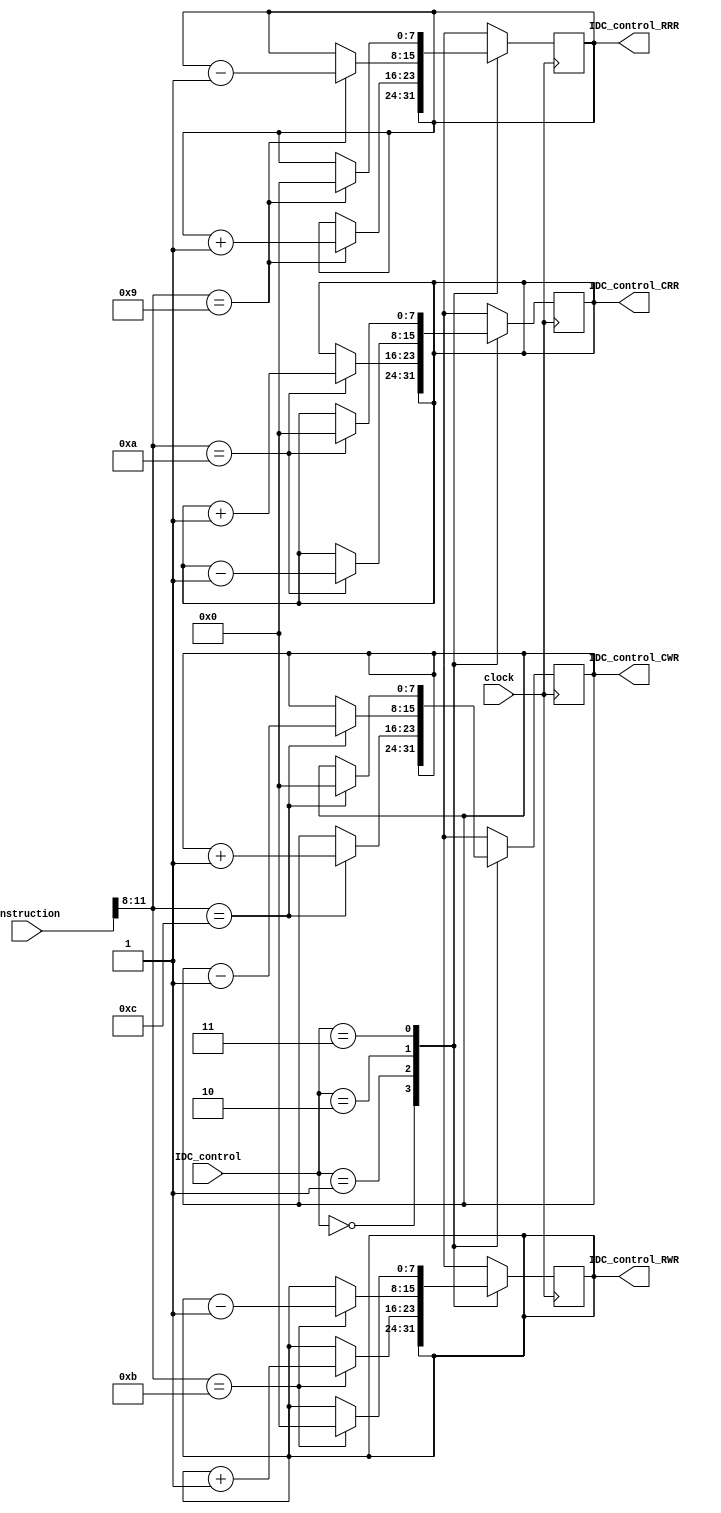
module IDC_controller(input [1:0] IDC_control,
						 input wire [15:0] instruction,
						 output reg [7:0] IDC_control_RRR,
						 output reg [7:0] IDC_control_RWR,
						 output reg [7:0] IDC_control_CRR,
						 output reg [7:0] IDC_control_CWR,
						 input clock);

reg [3:0] IDC_register;
		 
always@(instruction)
begin
	IDC_register <= instruction[11:8];
end
						
always@(posedge clock)
begin
	case(IDC_control)
	2'b00:
		begin
			IDC_control_RRR <= IDC_control_RRR; 
			IDC_control_RWR <= IDC_control_RWR;
			IDC_control_CRR <= IDC_control_CRR;
			IDC_control_CWR <= IDC_control_CWR;
		end
	2'b01:
		begin
			case(IDC_register)
			4'b1001:
				begin
					IDC_control_RRR <= IDC_control_RRR + 8'd1; 
					IDC_control_RWR <= IDC_control_RWR;
					IDC_control_CRR <= IDC_control_CRR;
					IDC_control_CWR <= IDC_control_CWR;
				end
			4'b1010:
				begin
					IDC_control_RRR <= IDC_control_RRR; 
					IDC_control_RWR <= IDC_control_RWR;
					IDC_control_CRR <= IDC_control_CRR + 8'd1;
					IDC_control_CWR <= IDC_control_CWR;
				end
			4'b1011:
				begin
					IDC_control_RRR <= IDC_control_RRR; 
					IDC_control_RWR <= IDC_control_RWR + 8'd1;
					IDC_control_CRR <= IDC_control_CRR;
					IDC_control_CWR <= IDC_control_CWR;
				end
			4'b1100:
				begin
					IDC_control_RRR <= IDC_control_RRR; 
					IDC_control_RWR <= IDC_control_RWR;
					IDC_control_CRR <= IDC_control_CRR;
					IDC_control_CWR <= IDC_control_CWR + 8'd1;
				end
			default:
				begin
					IDC_control_RRR <= IDC_control_RRR; 
					IDC_control_RWR <= IDC_control_RWR;
					IDC_control_CRR <= IDC_control_CRR;
					IDC_control_CWR <= IDC_control_CWR;
				end
			endcase
		end
	2'b10:
		begin
			case(IDC_register)
			4'b1001:
				begin
					IDC_control_RRR <= IDC_control_RRR - 8'd1; 
					IDC_control_RWR <= IDC_control_RWR;
					IDC_control_CRR <= IDC_control_CRR;
					IDC_control_CWR <= IDC_control_CWR;
				end
			4'b1010:
				begin
					IDC_control_RRR <= IDC_control_RRR; 
					IDC_control_RWR <= IDC_control_RWR;
					IDC_control_CRR <= IDC_control_CRR - 8'd1;
					IDC_control_CWR <= IDC_control_CWR;
				end
			4'b1011:
				begin
					IDC_control_RRR <= IDC_control_RRR; 
					IDC_control_RWR <= IDC_control_RWR - 8'd1;
					IDC_control_CRR <= IDC_control_CRR;
					IDC_control_CWR <= IDC_control_CWR;
				end
			4'b1100:
				begin
					IDC_control_RRR <= IDC_control_RRR; 
					IDC_control_RWR <= IDC_control_RWR;
					IDC_control_CRR <= IDC_control_CRR;
					IDC_control_CWR <= IDC_control_CWR - 8'd1;
				end
			default:
				begin
					IDC_control_RRR <= IDC_control_RRR; 
					IDC_control_RWR <= IDC_control_RWR;
					IDC_control_CRR <= IDC_control_CRR;
					IDC_control_CWR <= IDC_control_CWR;
				end
			endcase
		end
	2'b11:
		begin
			case(IDC_register)
			4'b1001:
				begin
					IDC_control_RRR <= 8'b0; 
					IDC_control_RWR <= IDC_control_RWR;
					IDC_control_CRR <= IDC_control_CRR;
					IDC_control_CWR <= IDC_control_CWR;
				end
			4'b1010:
				begin
					IDC_control_RRR <= IDC_control_RRR; 
					IDC_control_RWR <= IDC_control_RWR;
					IDC_control_CRR <= 8'b0;
					IDC_control_CWR <= IDC_control_CWR;
				end
			4'b1011:
				begin
					IDC_control_RRR <= IDC_control_RRR; 
					IDC_control_RWR <= 8'b0;
					IDC_control_CRR <= IDC_control_CRR;
					IDC_control_CWR <= IDC_control_CWR;
				end
			4'b1100:
				begin
					IDC_control_RRR <= IDC_control_RRR; 
					IDC_control_RWR <= IDC_control_RWR;
					IDC_control_CRR <= IDC_control_CRR;
					IDC_control_CWR <= 8'b0;
				end
			default:
				begin
					IDC_control_RRR <= IDC_control_RRR; 
					IDC_control_RWR <= IDC_control_RWR;
					IDC_control_CRR <= IDC_control_CRR;
					IDC_control_CWR <= IDC_control_CWR;
				end
			endcase
		end
	default:
		begin
			IDC_control_RRR <= IDC_control_RRR; 
			IDC_control_RWR <= IDC_control_RWR;
			IDC_control_CRR <= IDC_control_CRR;
			IDC_control_CWR <= IDC_control_CWR;
		end
	endcase
end		
		
endmodule